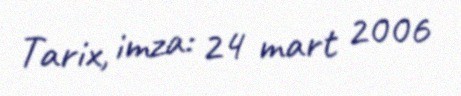
Tarix, imza: 24 mart 2006